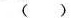
( )